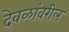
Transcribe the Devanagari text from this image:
देवळांवरील